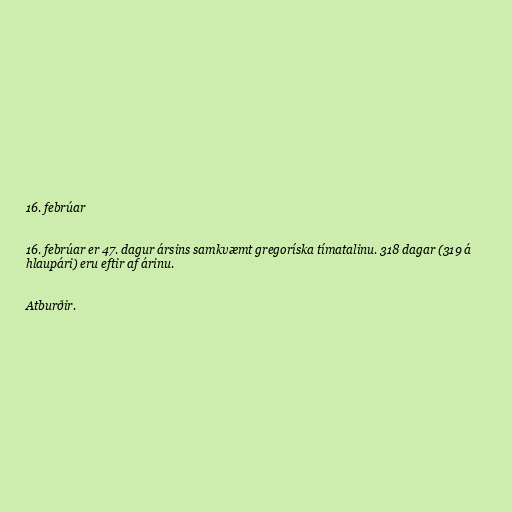
16. febrúar

16. febrúar er 47. dagur ársins samkvæmt gregoríska tímatalinu. 318 dagar (319 á
hlaupári) eru eftir af árinu.

Atburðir.